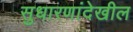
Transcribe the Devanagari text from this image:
सुधारणांदेखील